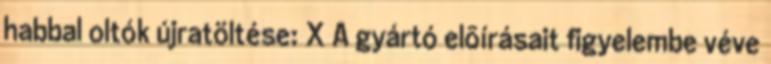
habbal oltók újratöltése: X A gyártó elõírásait figyelembe véve